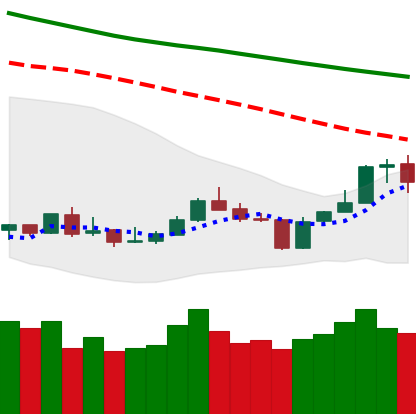
Ticker: BNB-USD
Chart end date: 2020-01-08
Forward return: 4.275%
Label: up_3_5